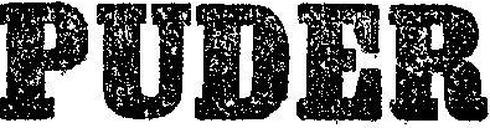
PUDER